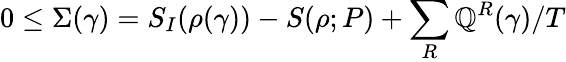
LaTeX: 0\le\Sigma(\gamma)=S_{I}(\rho(\gamma))-S(\rho;P)+\sum_{R}\mathbb{Q}^{R}(\gamma)/T